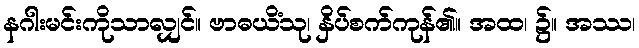
နဂါးမင်းကိုသာလျှင်။ ဗာဓယိံသု၊ နှိပ်စက်ကုန်၏။ အထ၊ ၌။ အဿ၊